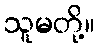
သူမတို့။